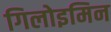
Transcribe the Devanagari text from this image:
गिलोइमिन